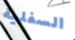
السفلية